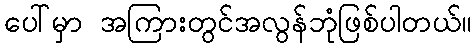
ပေါ်မှာ အကြားတွင်အလွန်ဘုံဖြစ်ပါတယ်။